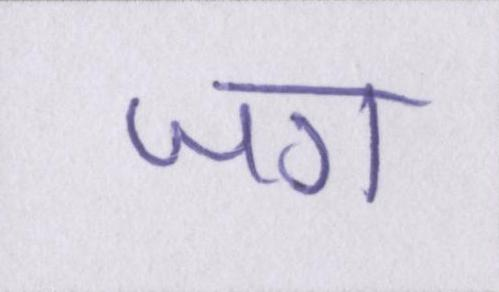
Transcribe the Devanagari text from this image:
जग